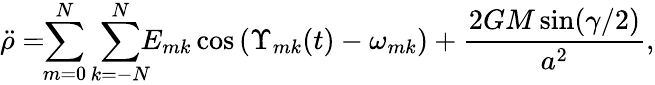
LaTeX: \ddot{\rho}=\! \! \sum_{m=0}^{N}\sum_{k=-N}^{N}\! \! \! E_{mk}\cos\left(\Upsilon_{mk}(t)-\omega_{mk}\right)+\frac{2GM\sin(\gamma/2)}{a^{2}},